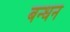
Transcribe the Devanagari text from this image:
बन्‍धन